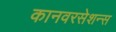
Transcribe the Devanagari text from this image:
कानवरसेशन्स